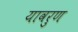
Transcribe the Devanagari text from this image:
यावरुण